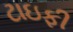
ટાઇફી